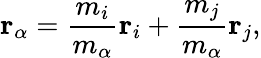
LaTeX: \textbf{r}_{\alpha}=\frac{m_{i}}{m_{\alpha}}\textbf{r}_{i}+\frac{m_{j}}{m_{\alpha}}\textbf{r}_{j},